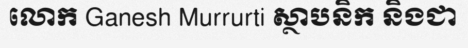
លោក Ganesh Murrurti ស្ថាបនិក និងជា